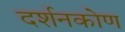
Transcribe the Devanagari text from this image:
दर्शनकोण